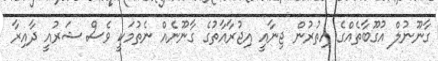
ގާނޫނުލް އުގޫބާތެއްގެ އިތުރުން ޖިނާއީ އިޖުރާއާތުގެ ގާނޫނެއް ނެތުމަކީ ވެސް ޝަރުއީ ދާއިރާ